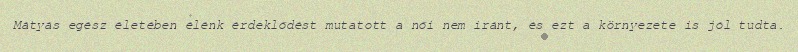
Mátyás egész életében élénk érdeklődést mutatott a női nem iránt, és ezt a környezete is jól tudta.